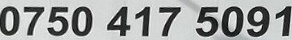
0750 417 5091